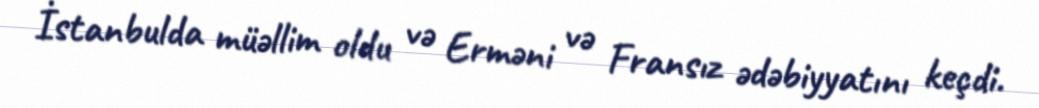
İstanbulda müəllim oldu və Erməni və Fransız ədəbiyyatını keçdi.